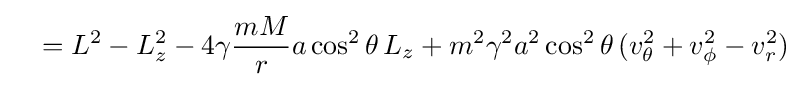
\quad =L^{2}-L_{z}^{2}-4\gamma {\frac {mM}{r}}a\cos ^{2}\theta \,L_{z}+m^{2}\gamma ^{2}a^{2}\cos ^{2}\theta \,(v_{\theta }^{2}+v_{\phi }^{2}-v_{r}^{2})